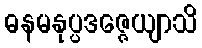
ဓနမနုပ္ပဒဇ္ဇေယျာသိ